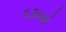
૧૭૦મો